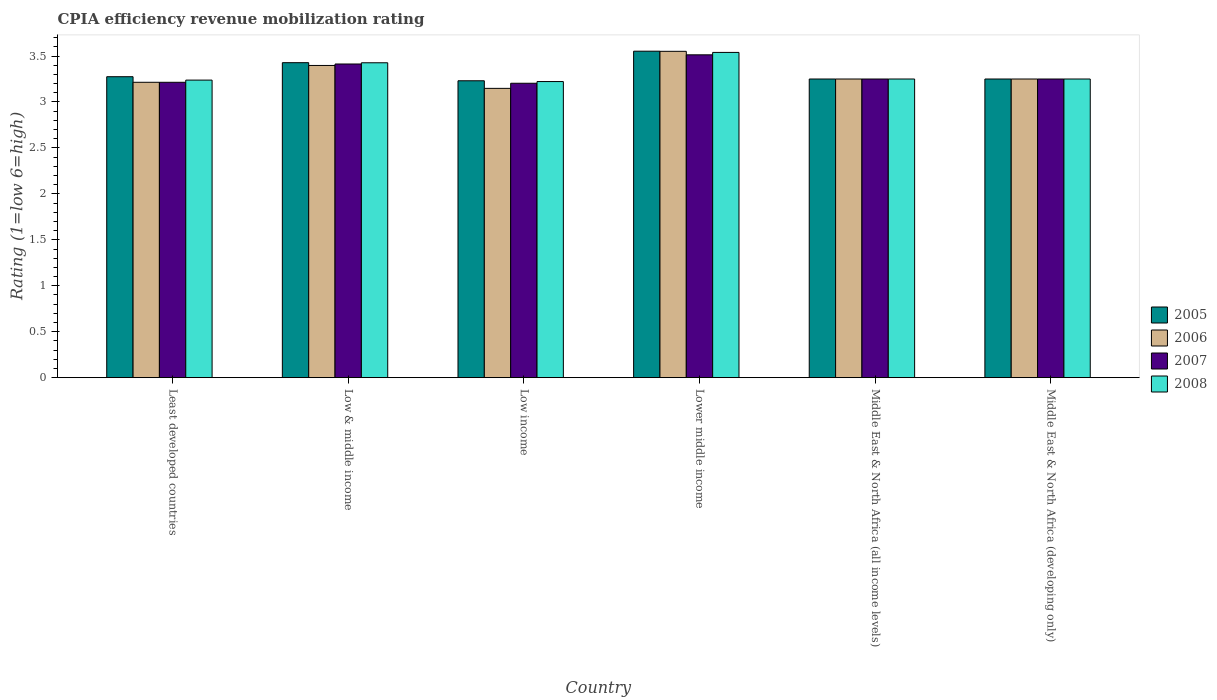
| Country | 2005 | 2006 | 2007 | 2008 |
 | --- | --- | --- | --- | --- |
 | Least developed countries | 3.27 | 3.21 | 3.21 | 3.24 |
 | Low & middle income | 3.43 | 3.4 | 3.41 | 3.43 |
 | Low income | 3.23 | 3.15 | 3.2 | 3.22 |
 | Lower middle income | 3.55 | 3.55 | 3.51 | 3.54 |
 | Middle East & North Africa (all income levels) | 3.25 | 3.25 | 3.25 | 3.25 |
 | Middle East & North Africa (developing only) | 3.25 | 3.25 | 3.25 | 3.25 |